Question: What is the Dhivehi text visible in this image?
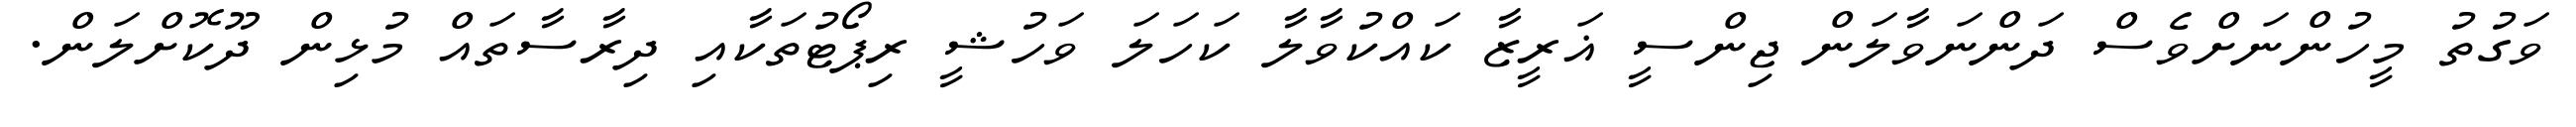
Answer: ވަގުތު މީހުންނަށްވެސް ދަންނަވާލަން ޖިންސީ ޣަރީޒާ ކައްކުވާލާ ކަހަލަ ވަހުޝީ ރިޕޯޓުތަކާއި ދިރާސާތައް މުޅިން ދޫކޮށްލަން.